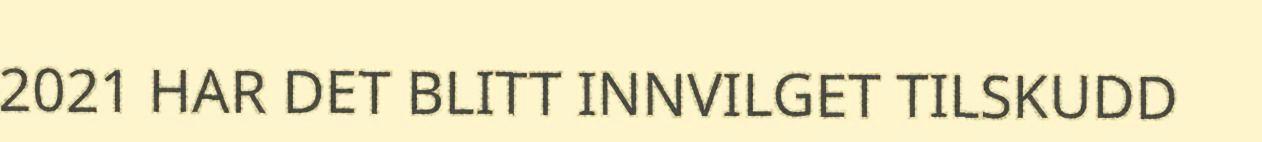
2021 HAR DET BLITT INNVILGET TILSKUDD